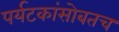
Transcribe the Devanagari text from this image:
पर्यटकांसोबतच